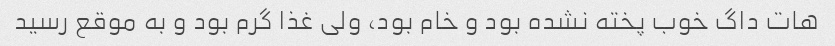
هات داگ خوب پخته نشده بود و خام بود، ولی غذا گرم بود و به موقع رسید